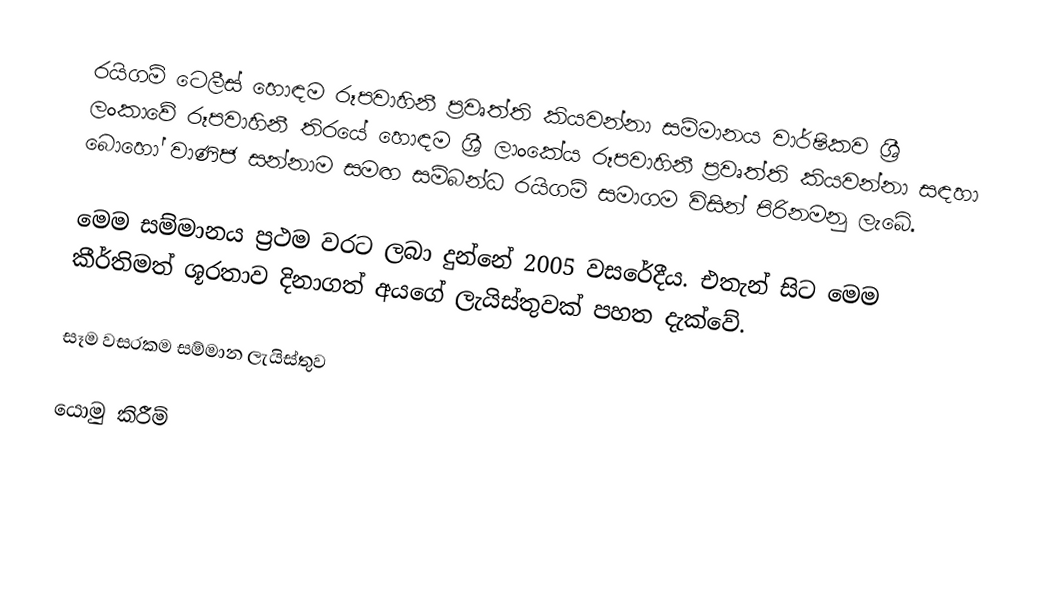
රයිගම් ටෙලීස් හොඳම රූපවාහිනී ප්‍රවෘත්ති කියවන්නා සම්මානය වාර්ෂිකව ශ්‍රී ලංකාවේ රූපවාහිනී තිරයේ හොඳම ශ්‍රී ලාංකේය රූපවාහිනී ප්‍රවෘත්ති කියවන්නා සඳහා බොහෝ වාණිජ සන්නාම සමඟ සම්බන්ධ රයිගම් සමාගම විසින් පිරිනමනු ලැබේ.

මෙම සම්මානය ප්‍රථම වරට ලබා දුන්නේ 2005 වසරේදීය. එතැන් සිට මෙම කීර්තිමත් ශූරතාව දිනාගත් අයගේ ලැයිස්තුවක් පහත දැක්වේ.

සෑම වසරකම සම්මාන ලැයිස්තුව

යොමු කිරීම්